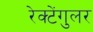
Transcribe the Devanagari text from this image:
रेक्टेंगुलर